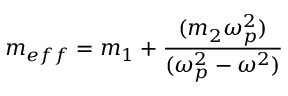
m _ { e f f } = m _ { 1 } + { \frac { ( m _ { 2 } \omega _ { p } ^ { 2 } ) } { ( \omega _ { p } ^ { 2 } - \omega ^ { 2 } ) } }